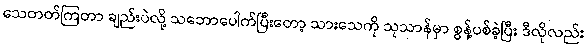
သေတတ်ကြတာ ချည်းပဲလို့ သဘောပေါက်ပြီးတော့ သားသေကို သုသာန်မှာ စွန့်ပစ်ခဲ့ပြီး ဒီလိုလည်း